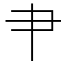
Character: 肀